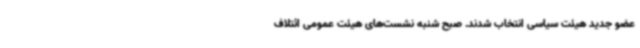
عضو جدید هیئت سیاسی انتخاب شدند. صبح شنبه نشست‌های هیئت عمومی ائتلاف